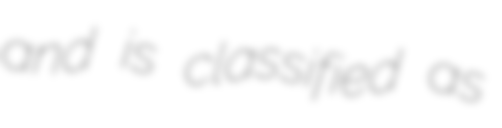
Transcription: and is classified as